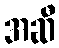
အဆီ